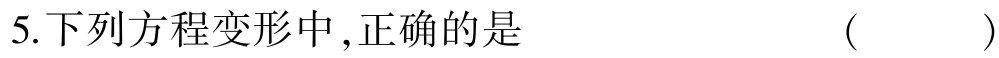
5.下列方程变形中,正确的是 （  ）